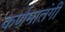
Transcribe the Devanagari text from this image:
कर्णमातंगी